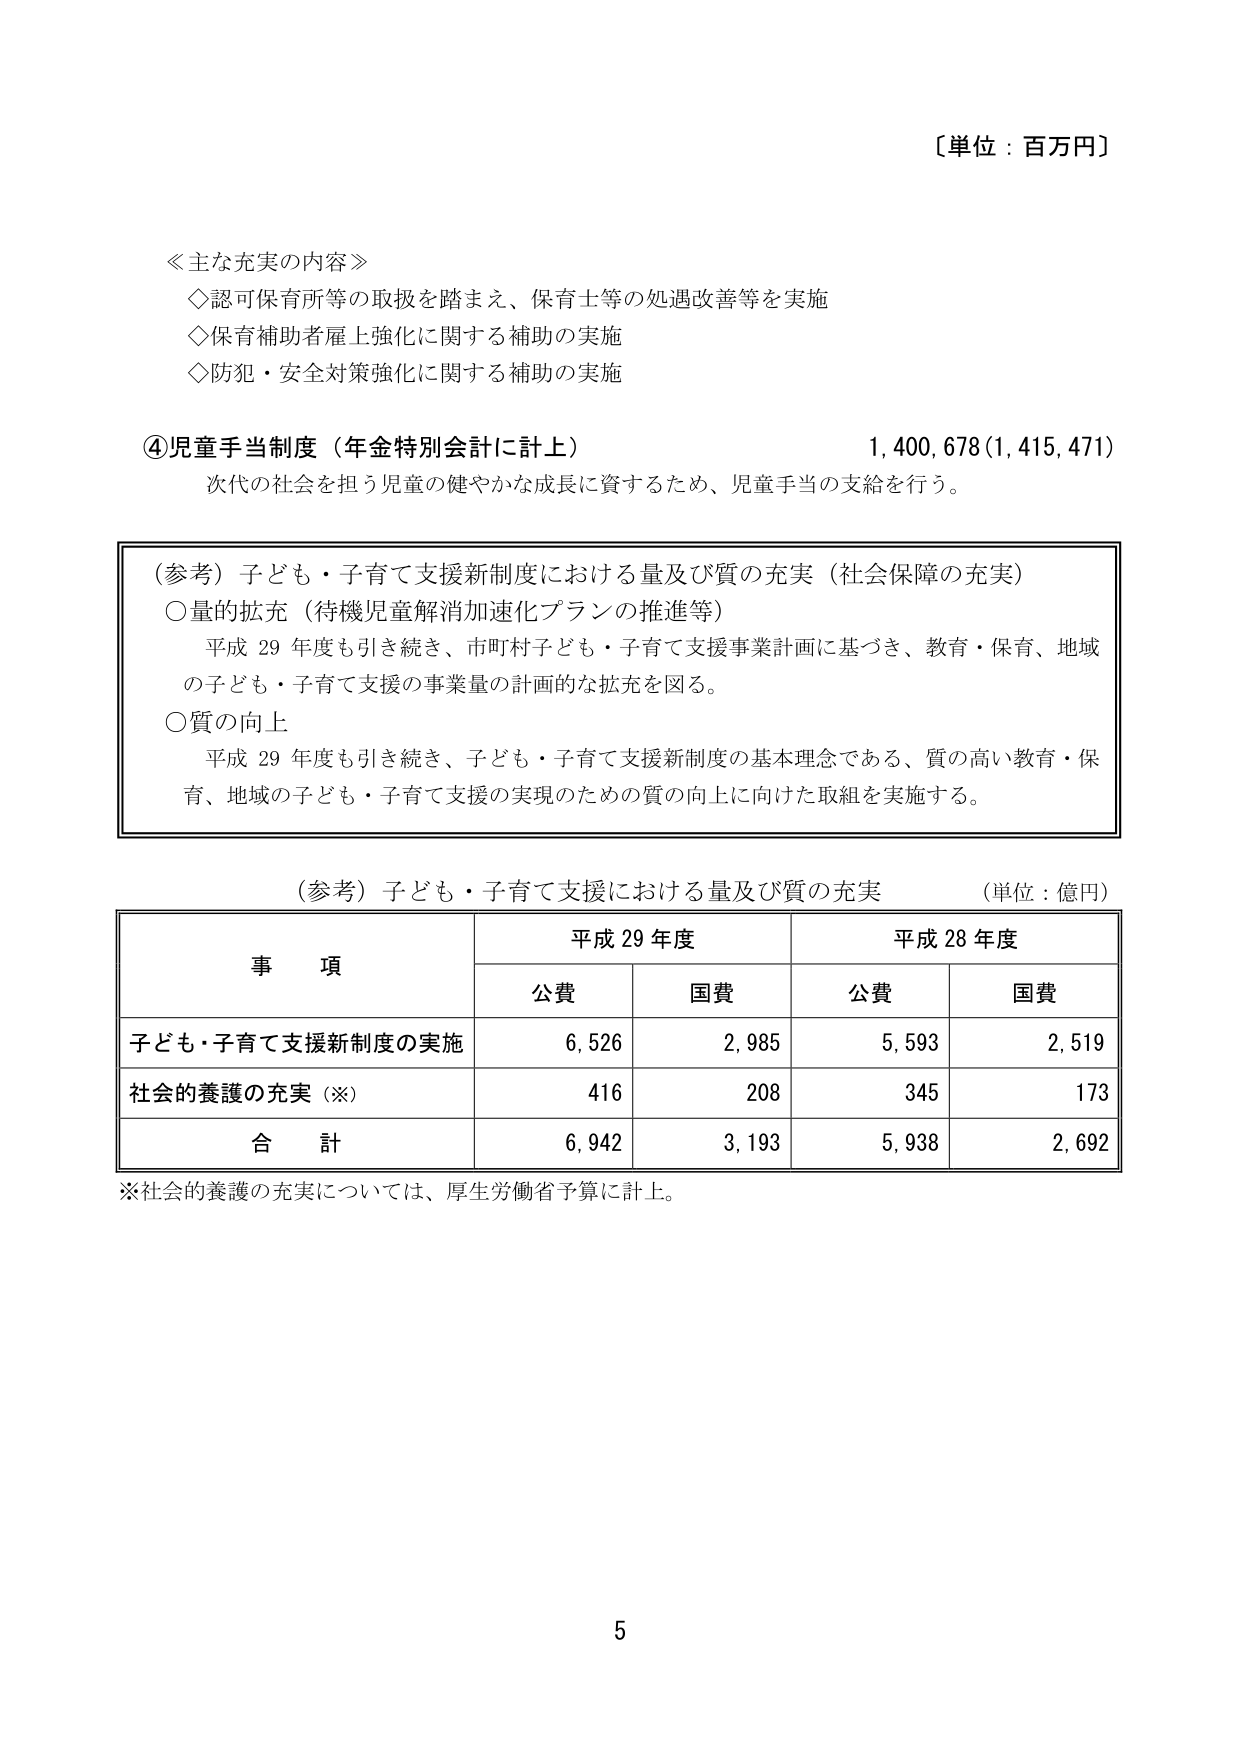
〔単位：百万円〕

≪主な充実の内容≫
◇認可保育所等の取扱を踏まえ、保育士等の処遇改善等を実施
◇保育補助者雇上強化に関する補助の実施
◇防犯・安全対策強化に関する補助の実施

④児童手当制度（年金特別会計に計上）　1,400,678(1,415,471)
　次代の社会を担う児童の健やかな成長に資するため、児童手当の支給を行う。

（参考）子ども・子育て支援新制度における量及び質の充実（社会保障の充実）
　○量的拡充（待機児童解消加速化プランの推進等）
　　平成29年度も引き続き、市町村子ども・子育て支援事業計画に基づき、教育・保育、地域
　　の子ども・子育て支援の事業量の計画的な拡充を図る。
　○質の向上
　　平成29年度も引き続き、子ども・子育て支援新制度の基本理念である、質の高い教育・保
　　育、地域の子ども・子育て支援の実現のための質の向上に向けた取組を実施する。

（参考）子ども・子育て支援における量及び質の充実　（単位：億円）